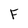
Character: F